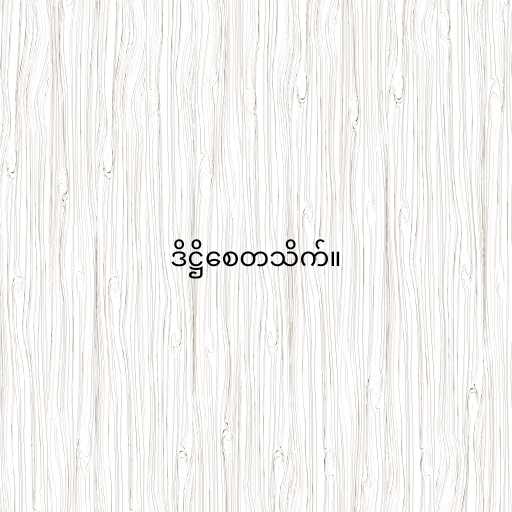
ဒိဋ္ဌိစေတသိက်။